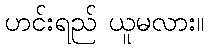
ဟင်းရည် ယူမလား။